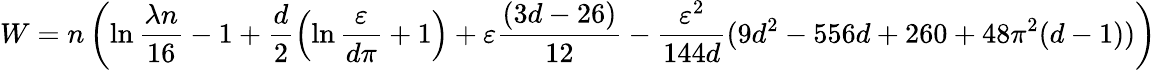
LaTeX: W=n\left(\ln\frac{\lambda n}{16}-1+\frac{d}{2}\left(\ln\frac{\varepsilon}{d\pi}+1\right)+\varepsilon\frac{(3d-26)}{12}-\frac{\varepsilon^{2}}{144d}(9d^{2}-556d+260+48\pi^{2}(d-1))\right)